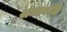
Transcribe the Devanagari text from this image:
श्रधाजंलि